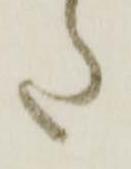
た